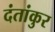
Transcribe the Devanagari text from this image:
दंतांकुर